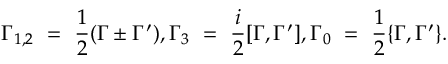
\Gamma _ { 1 , 2 } ~ = ~ \frac { 1 } { 2 } ( \Gamma \pm \Gamma ^ { \prime } ) , \Gamma _ { 3 } ~ = ~ \frac { i } { 2 } [ \Gamma , \Gamma ^ { \prime } ] , \Gamma _ { 0 } ~ = ~ \frac { 1 } { 2 } \{ \Gamma , \Gamma ^ { \prime } \} .